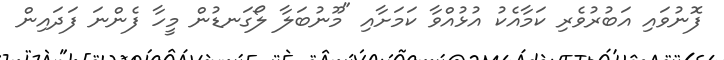
ފޮނުވައި އަބުރުވެރި ކަމާއެކު އުޅުއްވާ ކަމަށާއި "މޫނުބަލާ ލޯގަނޑުން މީހާ ފެންނަ ފަދައިން